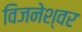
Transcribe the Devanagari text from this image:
विजनेश्वर